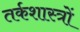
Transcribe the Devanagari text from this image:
तर्कशास्त्रों